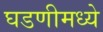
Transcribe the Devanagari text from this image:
घडणीमध्ये